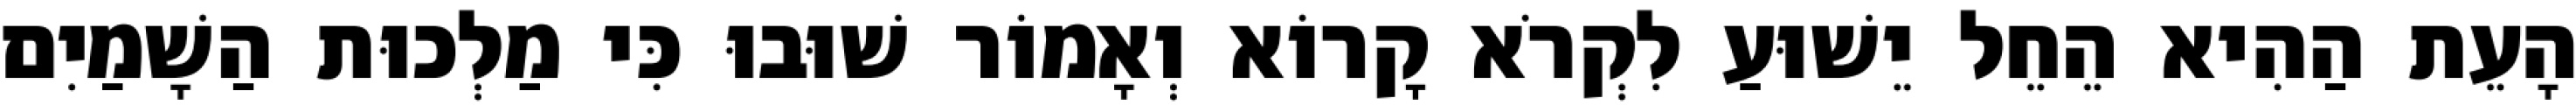
הָעֵת הַהִיא הֵחֵל יֵשׁוּעַ לִקְרֹא קָרוֹא וְאָמוֹר שׁוּבוּ כִּי מַלְכוּת הַשָׁמַיִם